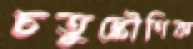
চতুষ্কৌণিক